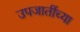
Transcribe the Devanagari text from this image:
उपजातींच्या